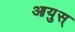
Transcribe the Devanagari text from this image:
आयुस्‌